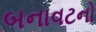
બનાવટનો